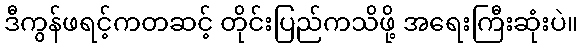
ဒီကွန်ဖရင့်ကတဆင့် တိုင်းပြည်ကသိဖို့ အရေးကြီးဆုံးပဲ။